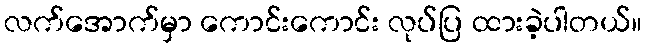
လက်အောက်မှာ ကောင်းကောင်း လုပ်ပြ ထားခဲ့ပါတယ်။